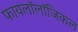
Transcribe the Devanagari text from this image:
फायलॉलॉजिकल